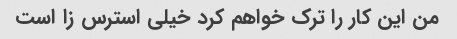
من این کار را ترک خواهم کرد خیلی استرس زا است